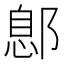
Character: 鄎